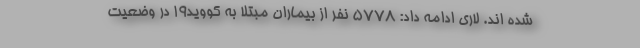
شده اند. لاری ادامه داد: ۵۷۷۸ نفر از بیماران مبتلا به کووید۱۹ در وضعیت